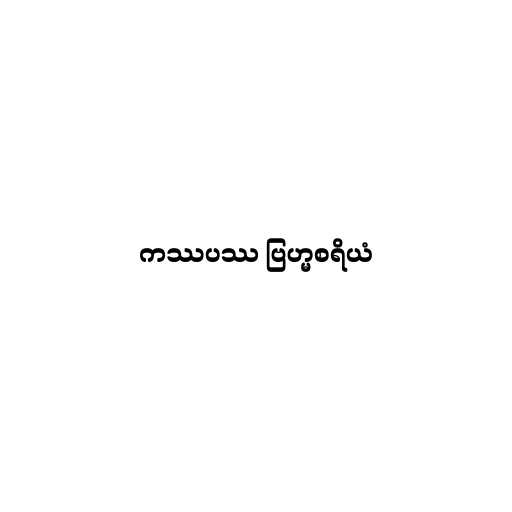
ကဿပဿ ဗြဟ္မစရိယံ